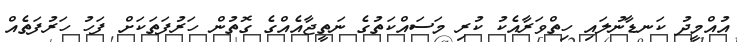
އުއްމީދު ކަނޑާނުލައި ހިތްވަރާއެކު ކުރި މަސައްކަތުގެ ނަތީޖާއެއްގެ ގޮތުން ހަރުފަތަކަށް ފަހު ހަރުފަތެއް